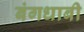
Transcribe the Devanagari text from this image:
बंगधाबी